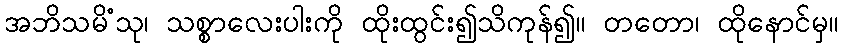
အဘိသမိံသု၊ သစ္စာလေးပါးကို ထိုးထွင်း၍သိကုန်၍။ တတော၊ ထိုနောင်မှ။